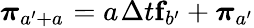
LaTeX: \boldsymbol{\pi}_{a^{\prime}+a_{}}=a_{}\Delta t{}\mathbf{f}_{b^{\prime}}+\boldsymbol{\pi}_{a^{\prime}}